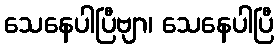
သေနေပါပြီဗျာ၊ သေနေပါပြီ